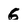
Character: g